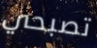
تصبحي